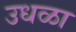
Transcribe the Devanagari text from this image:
उधळा